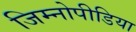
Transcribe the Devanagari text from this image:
जिम्नोपीडिया